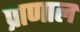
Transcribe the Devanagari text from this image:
प्राणाल